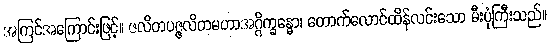
အကြင်အကြောင်းဖြင့်။ ဇလိတပဇ္ဇလိတမဟာအဂ္ဂိက္ခန္ဓော၊ တောက်လောင်ထိန်လင်းသော မီးပုံကြီးသည်။